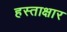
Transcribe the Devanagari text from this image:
हस्ताक्षार